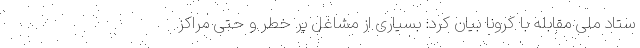
ستاد ملی مقابله با کرونا بیان کرد: بسیاری از مشاغل پر خطر و حتی مراکز